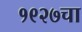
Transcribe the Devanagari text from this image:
१९२७चा